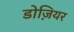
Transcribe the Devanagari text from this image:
डोज़ियर